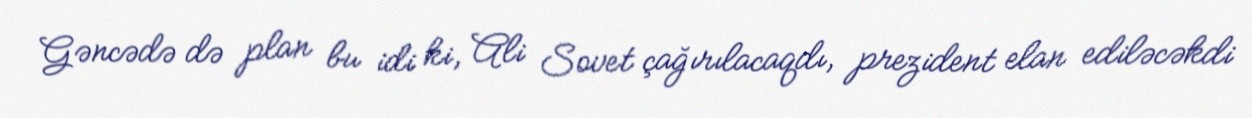
Gəncədə də plan bu idi ki, Ali Sovet çağırılacaqdı, prezident elan ediləcəkdi